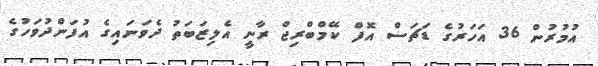
އުމުރުން 36 އަހަރުގެ ޑަޗަސް އޮފް ކޭމްބްރިޖް ރާނީ އެލިޒަބަތު ދެވަނައިގެ އުފަންދުވަހުގެ